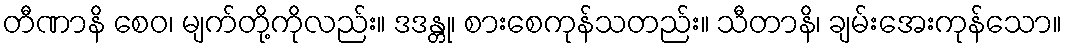
တီဏာနိ စေဝ၊ မျက်တို့ကိုလည်း။ ဒဒန္တု၊ စားစေကုန်သတည်း။ သီတာနိ၊ ချမ်းအေးကုန်သော။